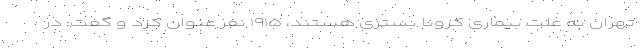
تهران به علت بیماری کرونا بستری هستند، ۱۹۱۵ نفر عنوان کرد و گفت: در